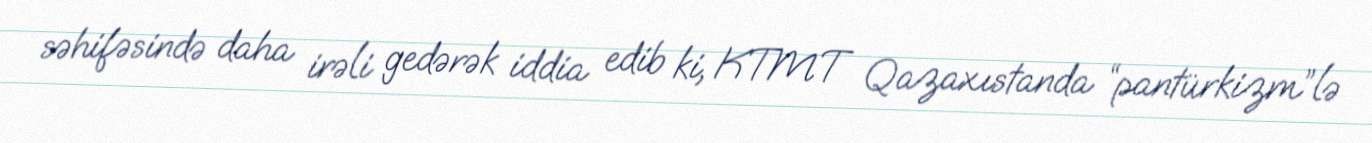
səhifəsində daha irəli gedərək iddia edib ki, KTMT Qazaxıstanda “pantürkizm”lə